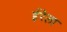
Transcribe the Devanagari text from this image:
ईरेला